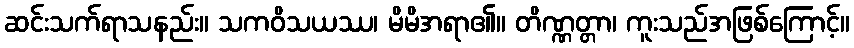
ဆင်းသက်ရာသနည်း။ သကဝိသယဿ၊ မိမိအရာ၏။ တိဏ္ဏတ္တာ၊ ကူးသည်အဖြစ်ကြောင့်။